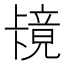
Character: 𫧶